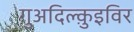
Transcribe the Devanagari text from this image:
गुअदिल्क़ुइविर